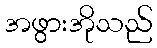
အဖွားအိုသည်